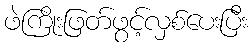
ဖဲကြိုးဖြတ်ဖွင့်လှစ်ပေးပြီး